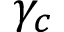
\gamma _ { c }